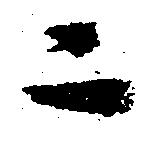
ニ